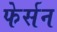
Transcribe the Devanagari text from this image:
फेर्सन